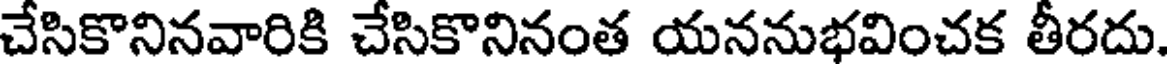
చేసికొనినవారికి చేసికొనినంత యననుభవించక తీరదు